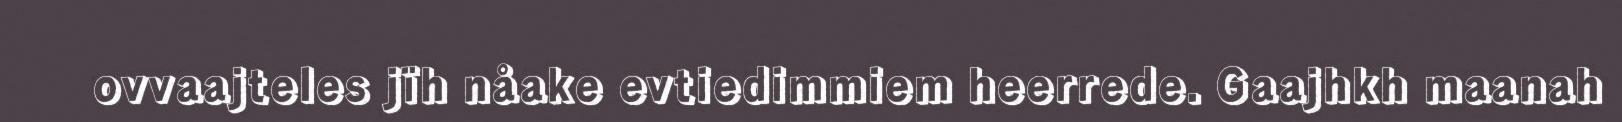
ovvaajteles jïh nåake evtiedimmiem heerrede. Gaajhkh maanah